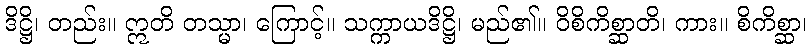
ဒိဋ္ဌိ၊ တည်း။ ဣတိ တသ္မာ၊ ကြောင့်။ သက္ကာယဒိဋ္ဌိ၊ မည်၏။ ဝိစိကိစ္ဆာတိ၊ ကား။ စိကိစ္ဆာ၊